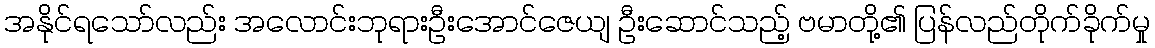
အနိုင်ရသော်လည်း အလောင်းဘုရားဦးအောင်ဇေယျ ဦးဆောင်သည့် ဗမာတို့၏ ပြန်လည်တိုက်ခိုက်မှု